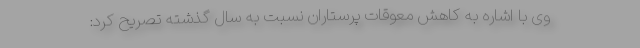
وی با اشاره به کاهش معوقات پرستاران نسبت به سال گذشته تصریح کرد: